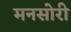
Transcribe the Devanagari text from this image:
मनसोरी